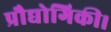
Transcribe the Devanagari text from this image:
प्रौद्योगिकी।